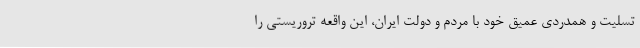
تسلیت و همدردی عمیق خود با مردم و دولت ایران، این واقعه تروریستی را